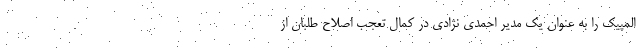
المپیک را به عنوان یک مدیر احمدی نژادی در کمال تعجب اصلاح طلبان از